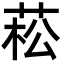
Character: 菘